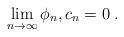
LaTeX: \begin{align*}\lim_{n\to\infty} \phi_n,c_n=0\;.\end{align*}